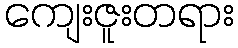
ကျေးဇူးတရား